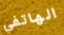
الهاتفي